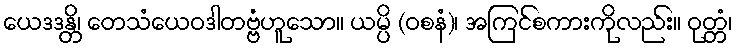
ယေဒဒန္တိ၊ တေသံယေဝဒါတဗ္ဗံဟူသော။ ယမ္ပိ (ဝစနံ)၊ အကြင်စကားကိုလည်း။ ဝုတ္တံ၊